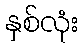
နှစ်လုံး